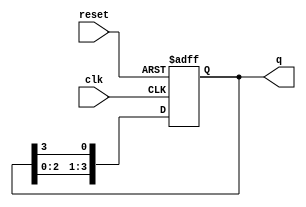
module ring_counter #(
    parameter N = 4  // Number of stages (flip-flops)
)(
    input wire clk,   // Clock input
    input wire reset, // Asynchronous reset
    output reg [N-1:0] q // Output state of the ring counter
);

// Initial state
initial begin
    q = 1'b1; // Start with the first flip-flop set to '1'
end

// Always block to handle the clock and reset
always @(posedge clk or posedge reset) begin
    if (reset) begin
        q <= 1'b1; // Reset to initial state
    end else begin
        // Shift the '1' bit to the right
        q <= {q[N-2:0], q[N-1]}; // Rotate right
    end
end

endmodule